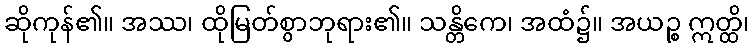
ဆိုကုန်၏။ အဿ၊ ထိုမြတ်စွာဘုရား၏။ သန္တိကေ၊ အထံ၌။ အယဉ္စ ဣတ္ထိ၊